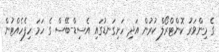
ގެ މިންވަރު ކޮންޓްރޯލް ކުރުން އަދި ހަށިގަނޑުގައި އެސިޑް-ބޭސް ގެ ހަމަ ހިފެހެއްޓުން